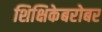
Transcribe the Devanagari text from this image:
शिक्षिकेबरोबर